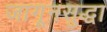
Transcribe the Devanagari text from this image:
जागूनसुद्धा